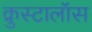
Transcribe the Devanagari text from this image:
क्रुस्टालॉस